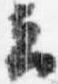
云